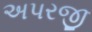
અપરજી